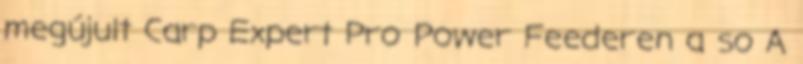
megújult Carp Expert Pro Power Feederen a so A